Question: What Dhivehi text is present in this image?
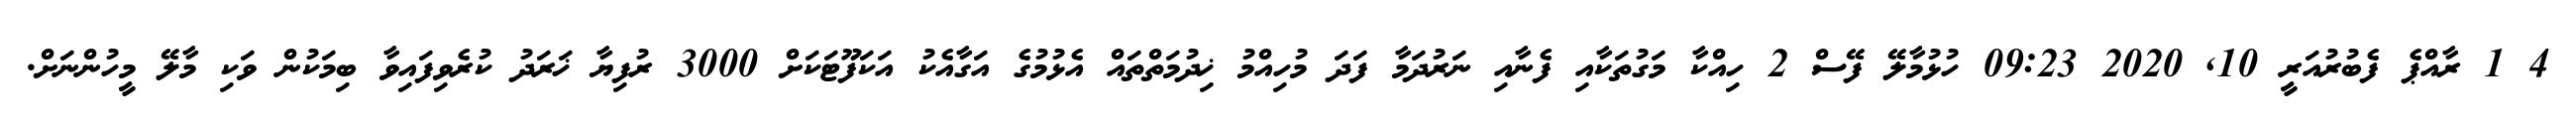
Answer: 4 1 ރާއްޕެ ފެބުރުއަރީ 10, 2020 09:23 ހުޅުމާލޭ ފޭސް 2 ހިއްކާ މަގުތަކާއި ފެނާއި ނަރުދަމާ ފަދަ މުހިއްމު ޚިދުމަތްތައް އެޅުމުގެ އަގާއެކު އަކަފޫޓަކަށް 3000 ރުފިޔާ ޚަރަދު ކުރެވިފައިވާ ބިމަކުން ވަކި މާލޭ މީހުންނަށް.